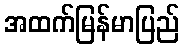
အထက်မြန်မာပြည်